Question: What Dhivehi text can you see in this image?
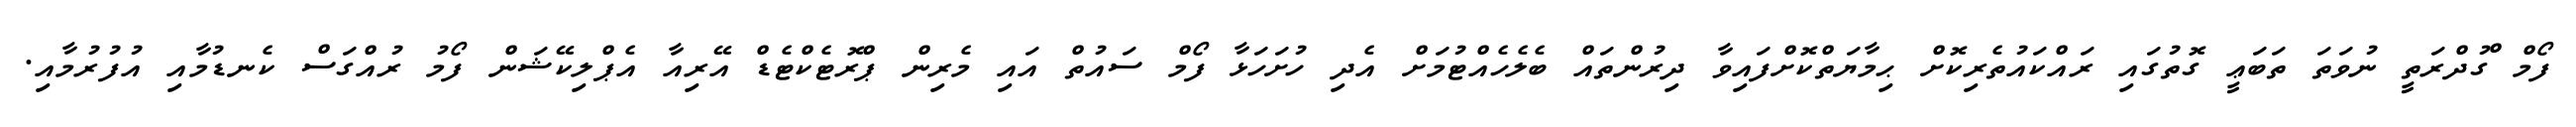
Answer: ފޯމް ްގުދްރަތީ ނުވަތަ ތަބަޢީ ގޮތުގައި ރައްކައުތެރިކޮށް ޙިމާޔަތްކޮށްފައިވާ ދިރުންތައް ބެލެހެއްޓުމަށް އެދި ހުށަހަޅާ ފޯމް ސައުތް އައި މެރިން ޕްރޮޓެކްޓެޑް އޭރިއާ އެޕްލިކޭޝަން ފޯމު ރުއްގަސް ކެނޑުމާއި އުފުރުމާއި.